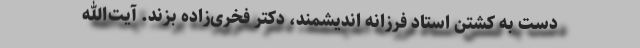
دست به کشتن استاد فرزانه اندیشمند، دکتر فخری‌زاده بزند. آیت‌الله